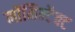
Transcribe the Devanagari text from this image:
नॉमिन्टैक्ट